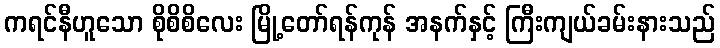
ကရင်နီဟူသော စိုစိစိလေး မြို့တော်ရန်ကုန် အနက်နှင့် ကြီးကျယ်ခမ်းနားသည်